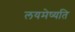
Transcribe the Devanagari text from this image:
लयमेष्यति